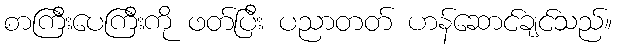
စာကြီးပေကြီးကို ဖတ်ပြီး ပညာတတ် ဟန်ဆောင်ချင်သည်။